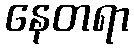
နေတရာ